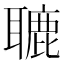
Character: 𦗓